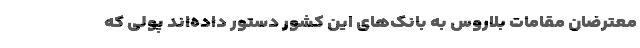
معترضان مقامات بلاروس به بانک‌های این کشور دستور داده‌اند پولی که